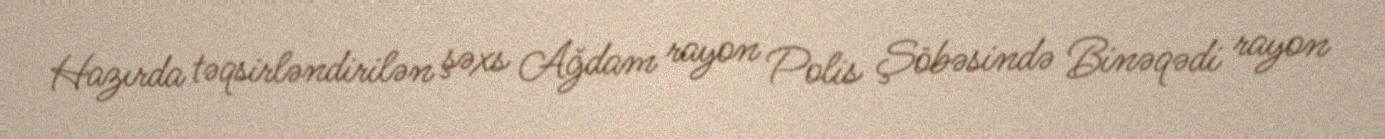
Hazırda təqsirləndirilən şəxs Ağdam rayon Polis Şöbəsində Binəqədi rayon